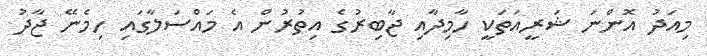
މިއަދު އޮންނަ ޝަރީއަތަކީ ހާމިދާއި ޖާބިރުގެ އިތުރުން އެ މައްސަލާގައި ހިމެނޭ ޖާދު